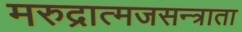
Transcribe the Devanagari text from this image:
मरुद्रात्मजसन्त्राता